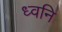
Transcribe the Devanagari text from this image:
ध्‍वनि